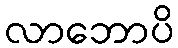
လာဘောပိ